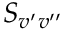
S _ { v ^ { \prime } v ^ { \prime \prime } }